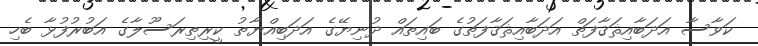
ކަވާސާ އަދަބާއިޘަޤާފަތް އަދަބާއިޘަޤާފަތުގެ ބައިތައް ދުނިޔޭގެ އަދަބިއްޔާތު ކީރިތިރަސޫލާގެ އަބުރުފުޅާ ބެހި